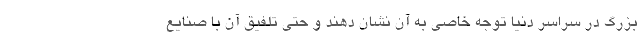
بزرگ در سراسر دنیا توجه خاصی به آن نشان دهند و حتی تلفیق آن با صنایع